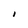
Character: I